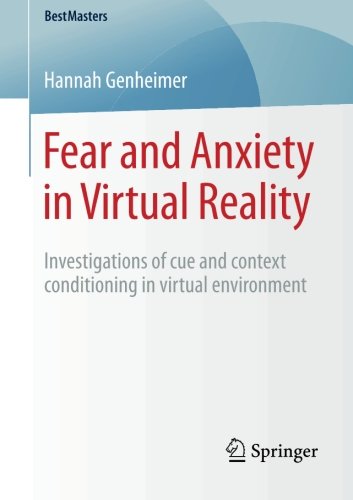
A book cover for Fear and Anxiety in Virtual Reality: Investigations of cue and context conditioning in virtual environment (BestMasters); Hannah Genheimer; Medical Books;